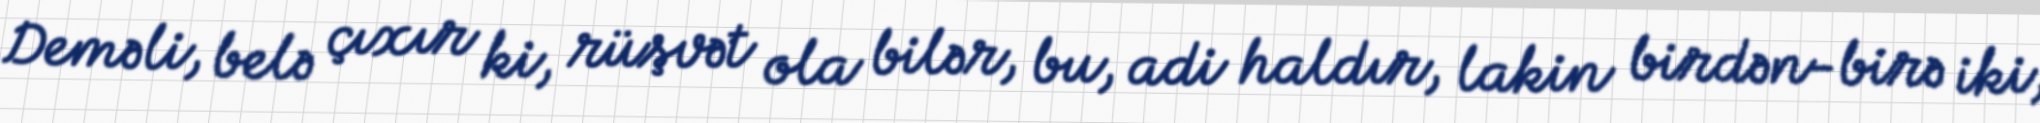
Deməli, belə çıxır ki, rüşvət ola bilər, bu, adi haldır, lakin birdən-birə iki,